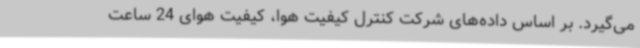
می‌گیرد. بر اساس داده‌های شرکت کنترل کیفیت هوا، کیفیت هوای 24 ساعت